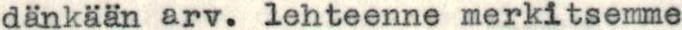
dankaan arv. lehteenne merkitsemme